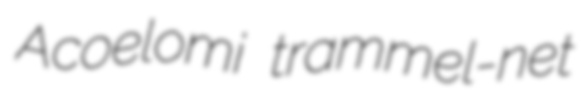
Acoelomi trammel-net